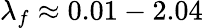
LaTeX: \lambda_{f}\approx 0.01-2.04